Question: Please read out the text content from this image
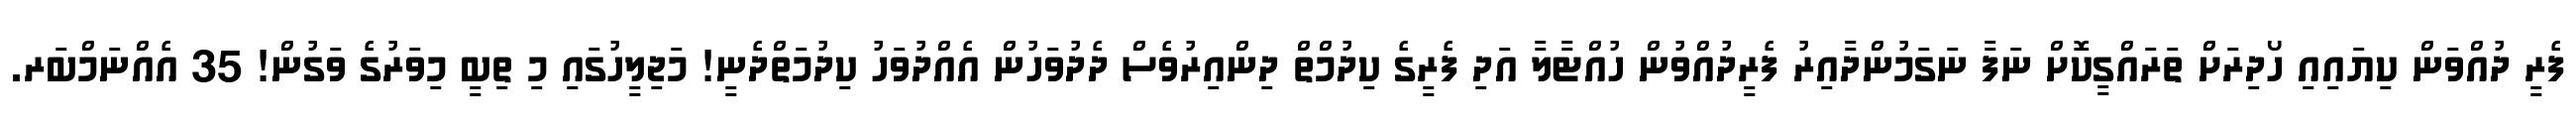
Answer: ފެރީ ދުއްވަން ކިޔައިއި ހޯދިރަށް ތަރައްގީކޮށް ނަފާ ނަގަމުންދާއިރު ފެރީދުއްވުން ހުއްޓާލާ އަދި ފެރީގެ ކިދުމްތް ދިންއިރުވެސް ދެދުވަހުން އެއްދުވަހު ކިދުމަތްދެނީ! މަޖިލީހުގައި މި ތިބީ މިވަރުގެ ވަގުން! 35 އެއްނަމްބަރ.